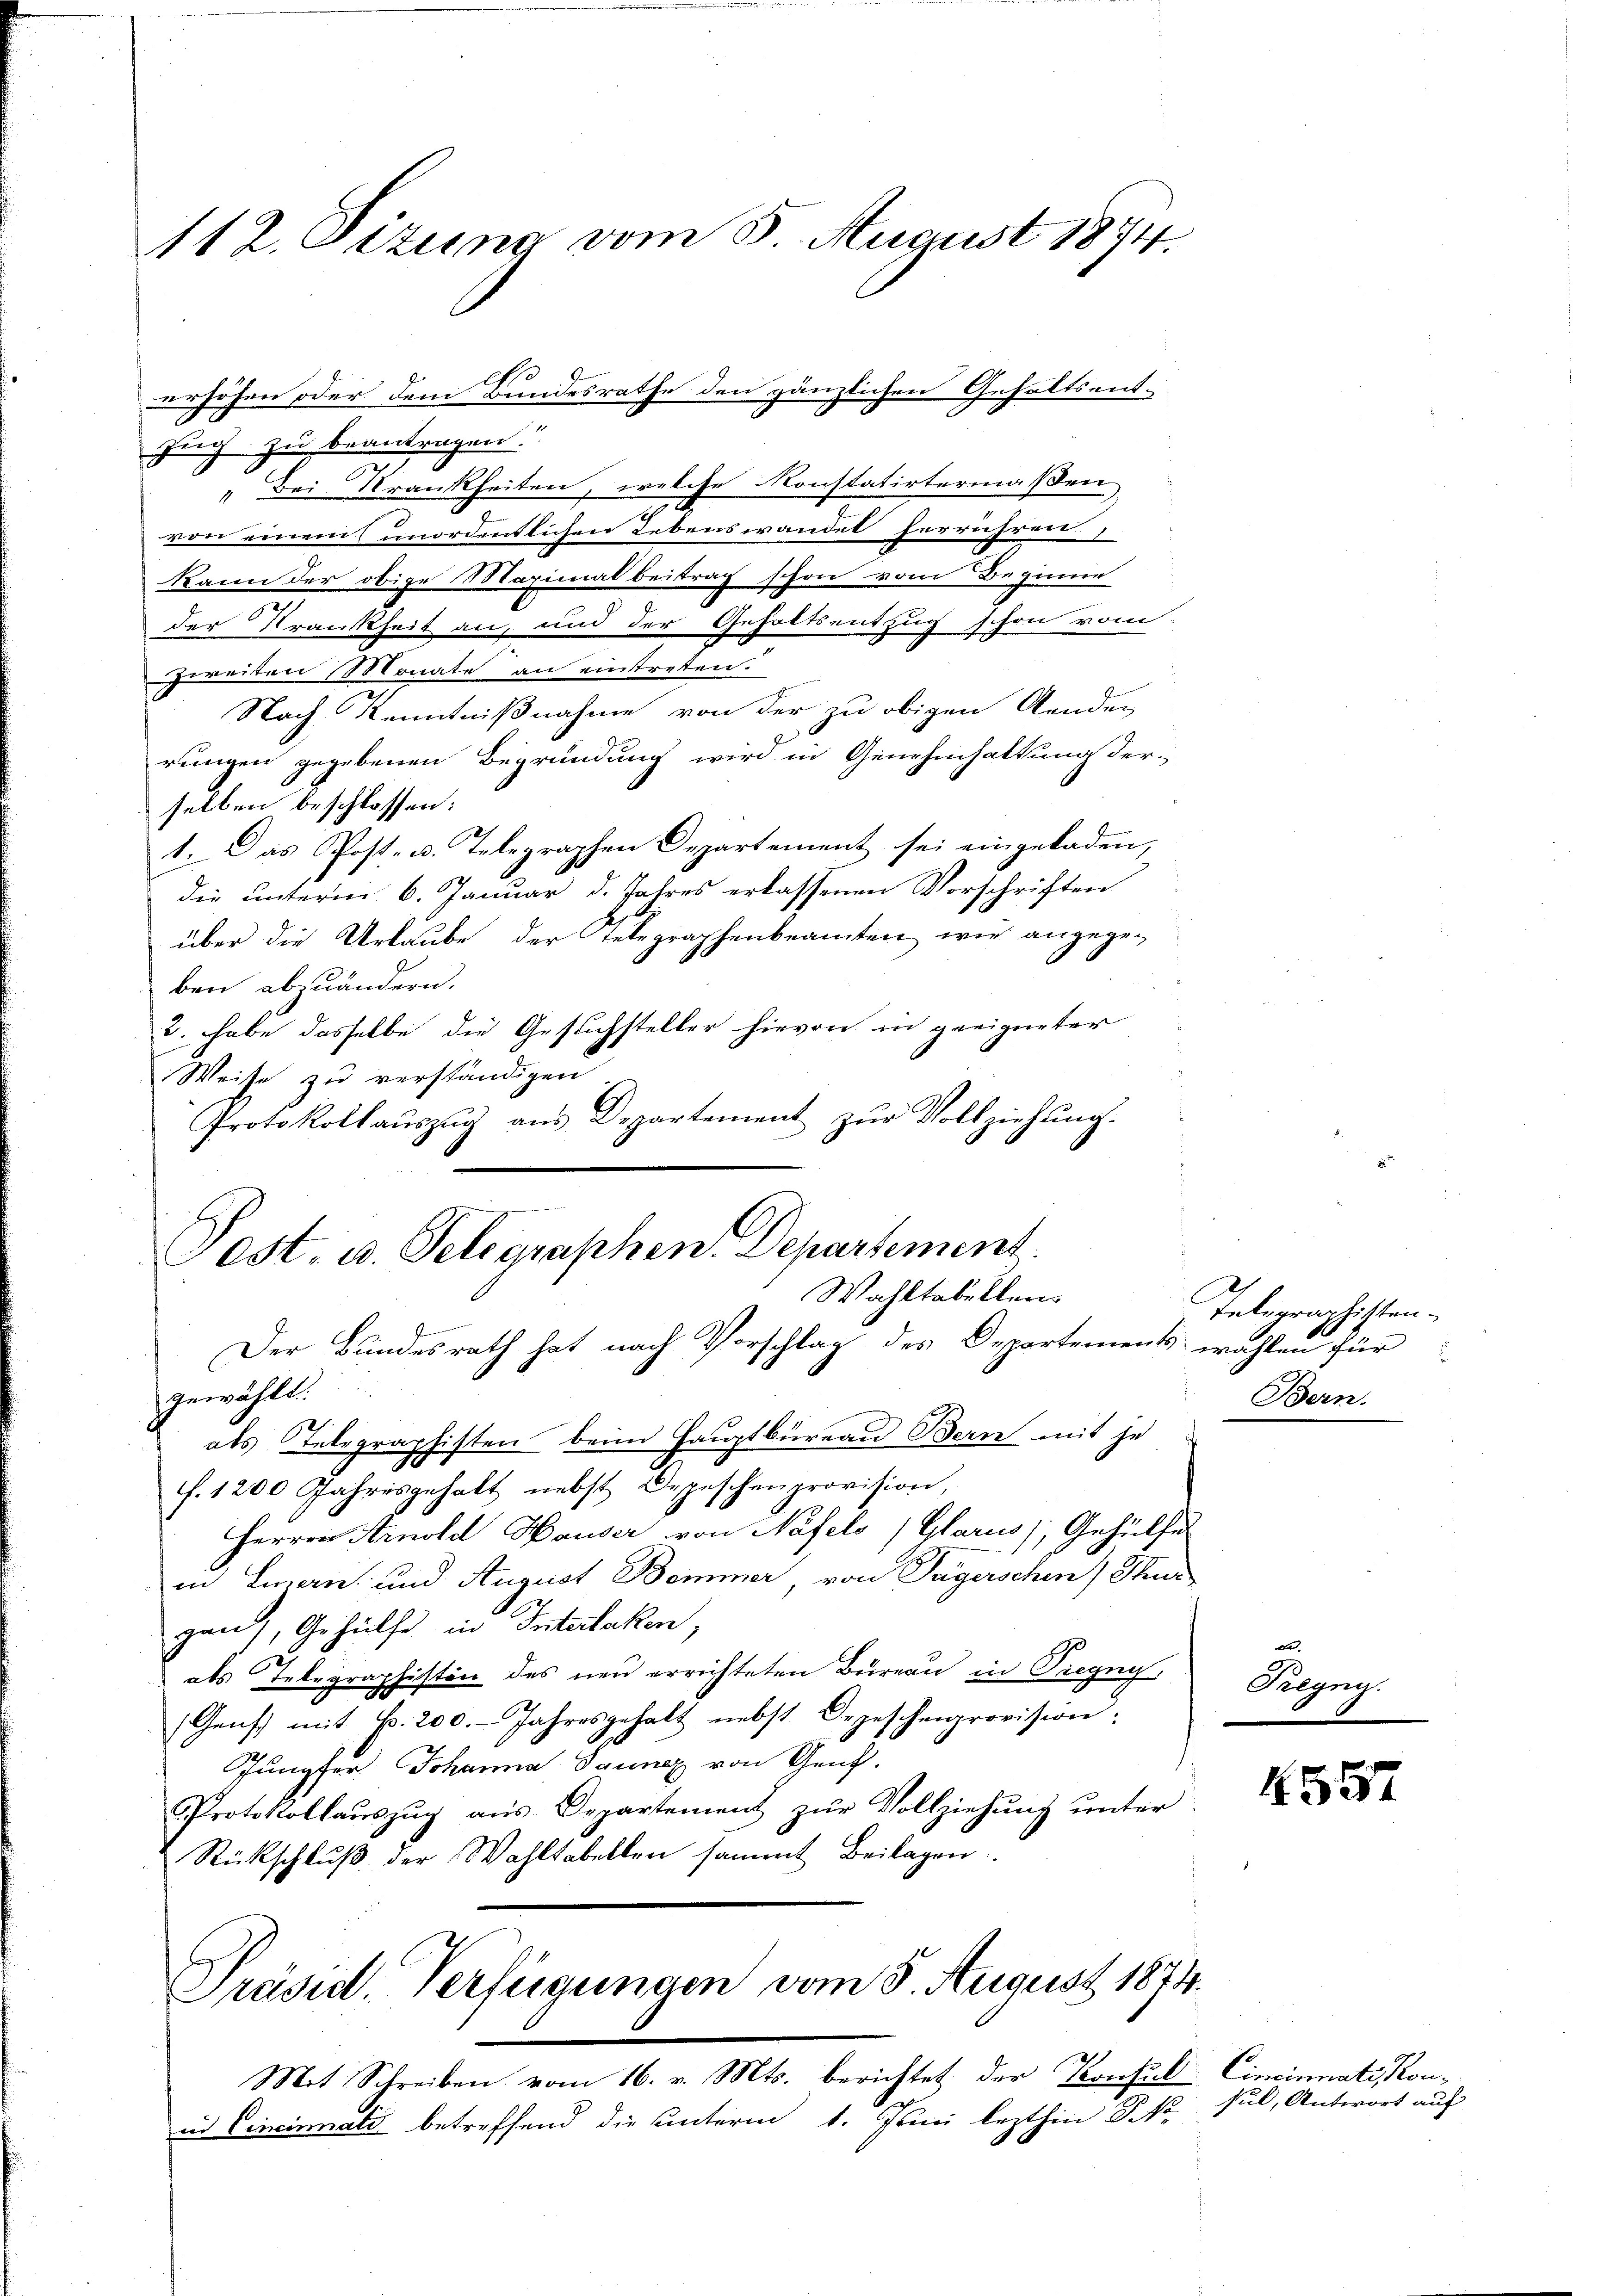
112. Dizung vom 8. August 1874.

such zu beantragen.
" Bei Krankheiten, welche Konstatirtermaßen
von einem unordentlichen Lebenswandel herrühren
kann der obige Maximal beitrag schon vom Beginne
der Krankheit an, und der Gehaltsentzug schon vom
Zweiten Monate an eintreten.
Nach Kenntnißnahme von der zu obigen Aenden
rungen gegebenen Begründung wird in Genehmhaltung der-
selben beschlossen:
1. Das Post- u. Telegraphen Departement sei eingeladen,
die unterm 6. Januar d. Jahres erlassenen Vorschriften
über die Urlaube der Telegraphenbeamten wie angegeben abzuändern.
2. habe dasselbe die Gesuchsteller hievon in geeigneter
Weise zu verständigen
Protokollaŭszŭg aŭs Departement zŭr Vollziehŭng.
gewählt.
als Telegraphisten beim Hauptbüreau Bern mit je
f. 1200 Jahresgehalt nebst Depeschenprovision,
Herren Arnold Hauser von Näfels (Glarus), Gehülfe
in man und August Bemmer, von Tägerschen) Thur
gau), Gehülfe in Interlaken,
als Telegraphisten des neu errichteten Büreau in Siegeg
Gens mit Fr. 200. Jahresgehalt nebst Depeschenprovision:
Jungfer. Johanna Sunex von Genf.
Protokollaŭszŭg aŭs Departement zŭr Vollziehŭng ŭnter
Rückschlŭβ der Wahltabellen sammt Beilagen.
Präsid. Verfügungen vom 3. August 1874.
Mit Schreiben vom 16. v. Mts. berichtet der Konsul Cincinnati, Konid Cincinati betreffend die unterm 1. Junii lezthin Fo

erhöhen oder dem Bundesrathe den gänzlichen Gehaltsent-

Pest. u. Telegraphen Departement.
Wahltabellen
Der Bundesrath hat nach Vorschlag des Departement wohlen für

Telegraphisten.
Bern.

de
Palgny.

4557

sil, Antwort auf